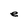
Character: e